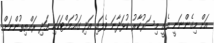
އަށް މިގެންނަނީ އެއީ މިސަރުކާރު ކުޅަދާނަ ވެފައި އަދި ގައުމަށްޓަަކައި އަދި ރައްޔިތުންނަށް